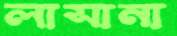
লাসানা